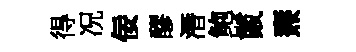
得况佞醪潛鲍鬛燾